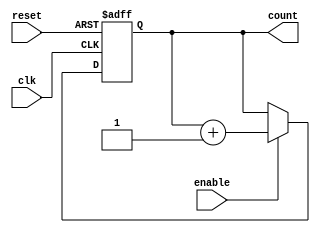
module Binary_Up_Counter (
    input clk, //clock signal
    input reset, //reset signal
    input enable, //enable signal
    output reg [3:0] count //4-bit binary counter output
);

always @(posedge clk or posedge reset) begin
    if (reset)
        count <= 4'b0000; //reset count to 0 when reset signal is high
    else if (enable)
        count <= count + 1; //increment count by 1 when enable signal is high
end

endmodule